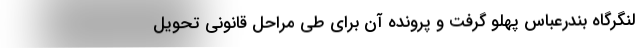
لنگرگاه بندرعباس پهلو گرفت و پرونده آن برای طی مراحل قانونی تحویل